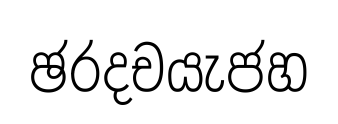
ඡරදචයැජහ